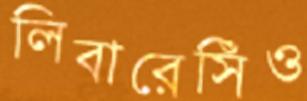
লিবারেসিঁও